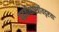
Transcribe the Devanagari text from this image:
पद्धतीशास्त्रीयदृष्टया